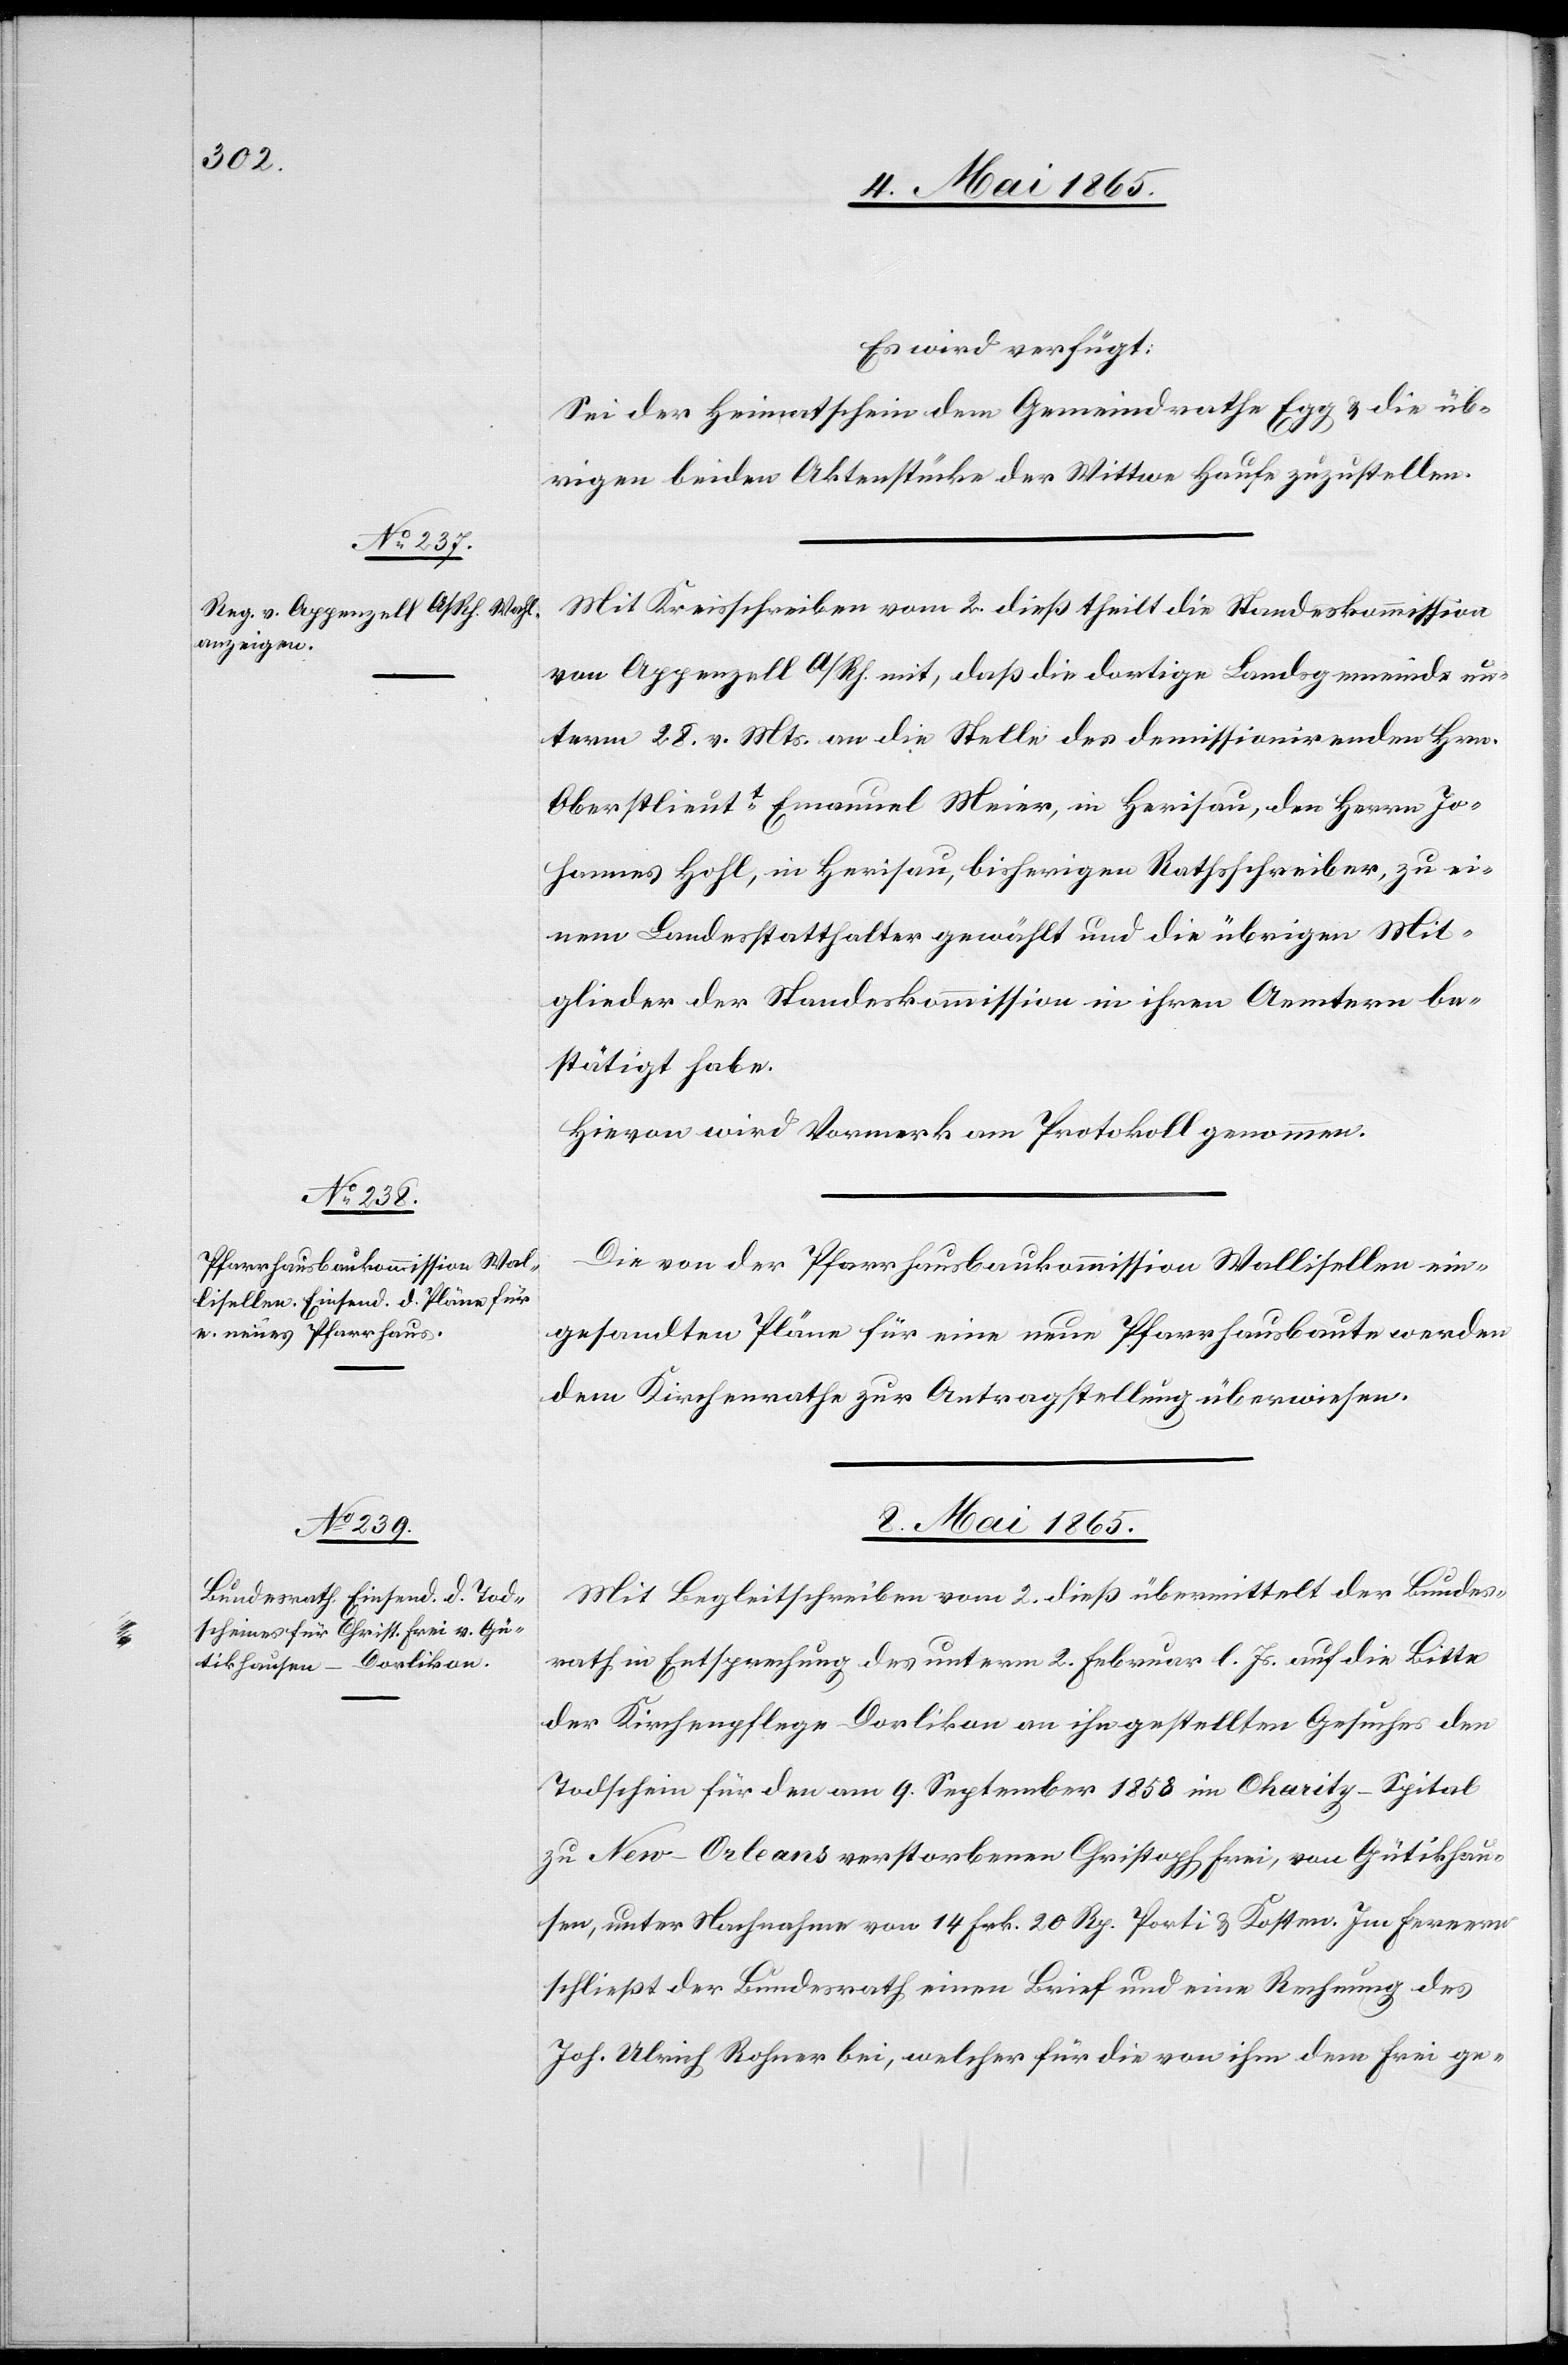
Es wird verfügt:
Sei der Heimatschein dem Gemeindrathe Egg & die üb¬
rigen beiden Aktenstücke der Wittwe Haufe zuzustellen.
Mit Kreisschreiben vom 2. dieß theilt die Standeskommission
von Appenzell A/Rh. mit, daß die dortige Landsgemeinde un¬
term 28. v. Mts. an die Stelle des demissionirenden Hrn.
Oberstlieutt Emanuel Meier, in Herisau, den Herrn Jo¬
hannes Hohl, in Herisau, bisherigen Rathsschreiber, zu ei¬
nem Landesstatthalter gewählt und die übrigen Mit¬
glieder der Standeskommission in ihren Aemtern be¬
stätigt habe.
Hievon wird Vormerk am Protokoll genommen.
Die von der Pfarrhausbaukommission Wallisellen ein¬
gesandten Pläne für eine neue Pfarrhausbaute werden
dem Kirchenrathe zur Antragstellung überwiesen.
8. Mai 1865.
Mit Begleitschreiben vom 2. dieß übermittelt der Bundes¬
rath in Entsprechung des unterm 2. Februar l. Js. auf die Bitte
der Kirchenpflege Dorlikon an ihn gestellten Gesuches den
Todschein für den am 9. September 1858 im Charity-Spital
zu New-Orleans verstorbenen Christoph Frei, von Gütikhau¬
sen, unter Nachnahme von 14. Frk. 20 Rp. Porti & Kosten. Im Fernern
schließt der Bundesrath einen Brief und eine Rechnung des
Joh. Ulrich Rohner bei, welcher für die von ihm dem Frei ge-